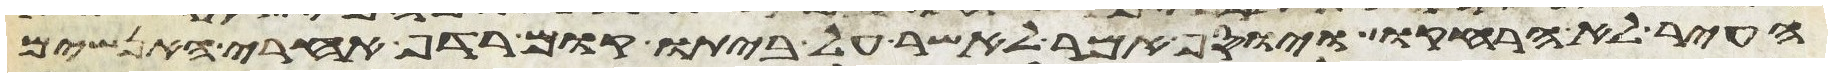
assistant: העיר לא הרחיקו ויוסף אמר לאשר על ביתו קום רדף אחרי האנשים